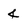
Character: 4